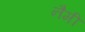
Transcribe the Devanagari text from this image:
नैमी